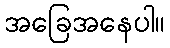
အခြေအနေပါ။